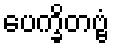
ပေက္ခိတဗ္ဗံ